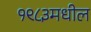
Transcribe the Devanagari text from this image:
१९८३मधील